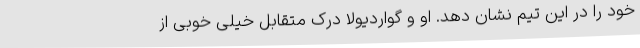
خود را در این تیم نشان دهد. او و گواردیولا درک متقابل خیلی خوبی از